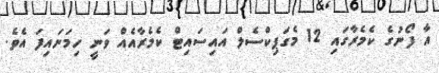
އާ ފޯނުގެ ކެމެރާގައި 12 މެގަޕިކްސެލް އައިސައިޓް ކެމެރާއެއް ވަނީ ހިމަނައިފަ އެވެ.